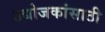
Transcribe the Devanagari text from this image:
उद्योजकांसाठी